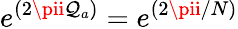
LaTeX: e^{(2\pii\mathcal{Q}_{a})}=e^{(2\pii/N)}